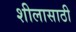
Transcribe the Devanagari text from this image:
शीलासाठी